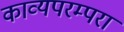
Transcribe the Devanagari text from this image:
काव्यपरम्परा